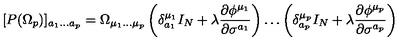
[ P ( \Omega _ { p } ) ] _ { a _ { 1 } \ldots a _ { p } } = \Omega _ { \mu _ { 1 } \ldots \mu _ { p } } \left( \delta _ { a _ { 1 } } ^ { \mu _ { 1 } } I _ { N } + \lambda \frac { \partial \phi ^ { \mu _ { 1 } } } { \partial \sigma ^ { a _ { 1 } } } \right) \ldots \left( \delta _ { a _ { p } } ^ { \mu _ { p } } I _ { N } + \lambda \frac { \partial \phi ^ { \mu _ { p } } } { \partial \sigma ^ { a _ { p } } } \right)